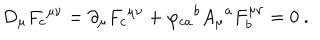
D _ { \mu } { F _ { c } } ^ { \mu \nu } = \partial _ { \mu } { F _ { c } } ^ { \mu \nu } + { \varphi _ { c a } } ^ { b } { A _ { \mu } } ^ { a } F _ { b } ^ { \mu \nu } = 0 ~ .